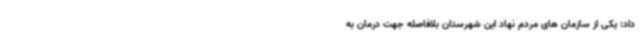
داد: یکی از سازمان های مردم نهاد این شهرستان بلافاصله جهت درمان به